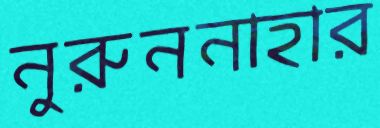
নুরুননাহার